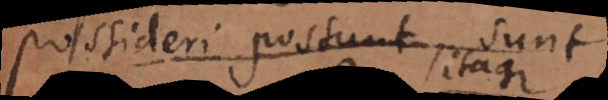
possideri possunt, sunt